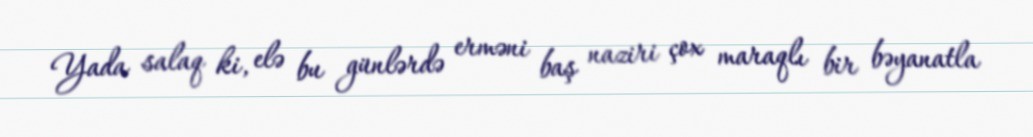
Yada salaq ki, elə bu günlərdə erməni baş naziri çox maraqlı bir bəyanatla